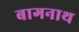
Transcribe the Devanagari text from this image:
बागनाथ